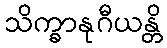
သိက္ခာနုဂီယန္တိ